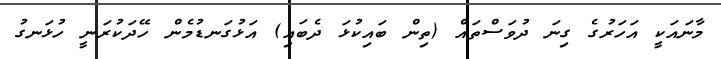
މާނައަކީ އަހަރުގެ ގިނަ ދުވަސްތައް (ތިން ބައިކުޅަ ދެބައި) އަޅުގަނޑުމެން ހޭދަކުރަނީ ހުޅަނގު